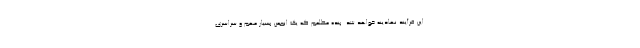
این فرآیند نهادینه خواهد شد. بنده مطلعم که یک انجمن بسیار مهم و سراسری